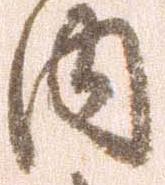
内